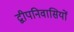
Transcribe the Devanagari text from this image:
द्वीपनिवासियों